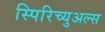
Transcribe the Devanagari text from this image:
स्पिरिच्युअल्स